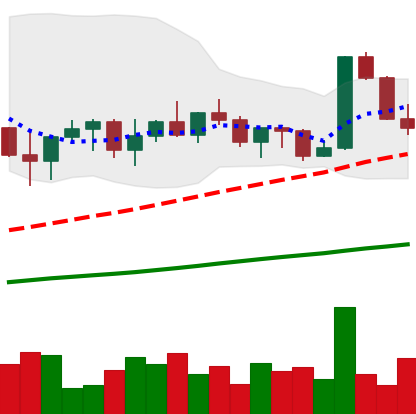
Ticker: XRP-USD
Chart end date: 2022-11-07
Forward return: -21.934%
Label: down_7plus